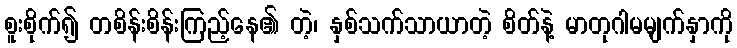
စူးစိုက်၍ တစိန်းစိန်းကြည့်နေ၏ တဲ့၊ နှစ်သက်သာယာတဲ့ စိတ်နဲ့ မာတုဂါမမျက်နှာကို